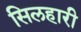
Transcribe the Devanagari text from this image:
सिलहारी